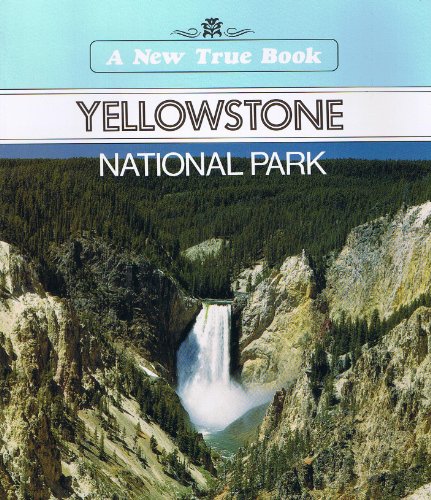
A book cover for Yellowstone National Park (A New True Book); David Petersen; Travel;